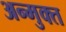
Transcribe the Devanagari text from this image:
अन्मुक्त